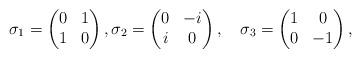
LaTeX: \begin{align*}\quad{\sigma}_1 =\begin{pmatrix}0 & 1\\1 & 0\end{pmatrix},{\sigma}_2=\begin{pmatrix}0 & -i\\i & 0\end{pmatrix},\quad{\sigma}_3=\begin{pmatrix}1 & 0\\0 & -1\end{pmatrix},\end{align*}